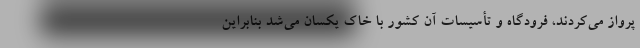
پرواز می‌کردند، فرودگاه و تأسیسات آن کشور با خاک یکسان می‌شد بنابراین